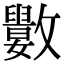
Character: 𣀭